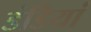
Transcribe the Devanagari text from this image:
डंडियां